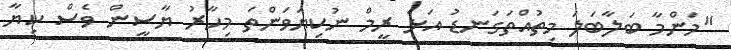
"މަންމާ ބަލާބަލަ މިތުއްތަގަނޑު އަޅެ ރީމް ނުކިޔަވަންތަ މިހާރު ޔާސީން ވެސް ކިޔާ